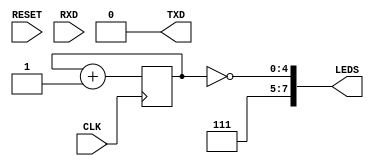
// -------------------------------------------------------
// SOC.v FemtoRV Tutorial step01 blinky    @20230711 fm4dd
//
// Requires: Gatemate E1 eval board v3.1B
//
// Note:
// Code is tested on a Gatemate E1 eval board v3.1B
// E1 onboard user button SW3 is assigned to RESET.
// LEDS[7:0] is assigned to E1 onboard Leds D1..D8.
// -------------------------------------------------------
   module SOC (
       input  CLK,        
       input  RESET,      
       output [7:0] LEDS, 
       input  RXD,        
       output TXD         
   );

   reg [4:0] count = 0;
   always @(posedge CLK) begin
      count <= count + 1;
   end
   assign LEDS[4:0] = ~count; // ~ to invert data
   assign LEDS[7:5] = 3'b111; // turn off LED5..7
   assign TXD  = 1'b0;        // not used for now

   endmodule